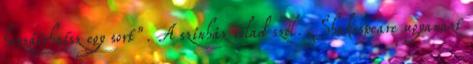
hozzáírhatsz egy sort”. A színház rólad szól. Shakespeare ugyanazt